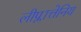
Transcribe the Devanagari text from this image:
लीप्लात्तेनिय